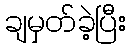
ချမှတ်ခဲ့ပြီး